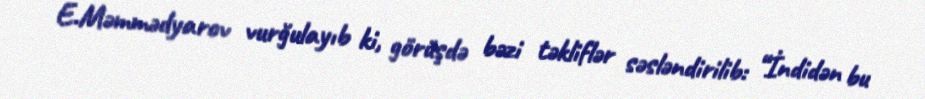
E.Məmmədyarov vurğulayıb ki, görüşdə bəzi təkliflər səsləndirilib: “İndidən bu